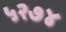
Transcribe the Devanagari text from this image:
५२७४